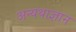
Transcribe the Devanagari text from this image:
अन्यथाज्ञान